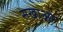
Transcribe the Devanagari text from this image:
सखाओ